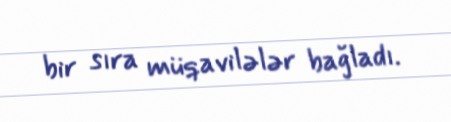
bir sıra müqavilələr bağladı.